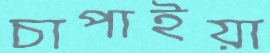
চাপাইয়া